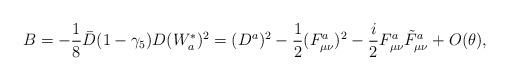
LaTeX: \begin{align*}B = -\frac{1}{8} \bar D (1-\gamma_5) D (W_a^{*})^2= (D^a)^2 -\frac{1}{2}(F_{\mu\nu}^a)^2-\frac{i}{2} F_{\mu\nu}^a \tilde F_{\mu\nu}^a + O(\theta),\end{align*}